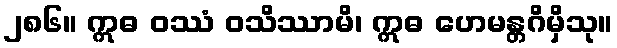
၂၈၆။ ဣဓ ဝဿံ ဝသိဿာမိ၊ ဣဓ ဟေမန္တဂိမှိသု။